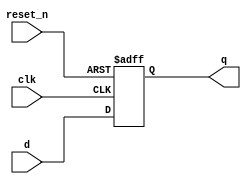
module _dff_r_async(clk, reset_n, d, q); //asynchronous
  input clk, reset_n, d;
  output q;
  reg q;
  
  always@(posedge clk or negedge reset_n) begin
    if(reset_n==0) q<=1'b0;
	 else q<=d;
  end
  
endmodule